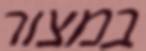
במצור